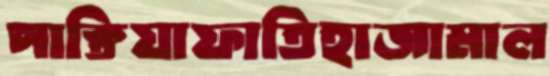
পাক্তিয়াফাতিহাজামাল